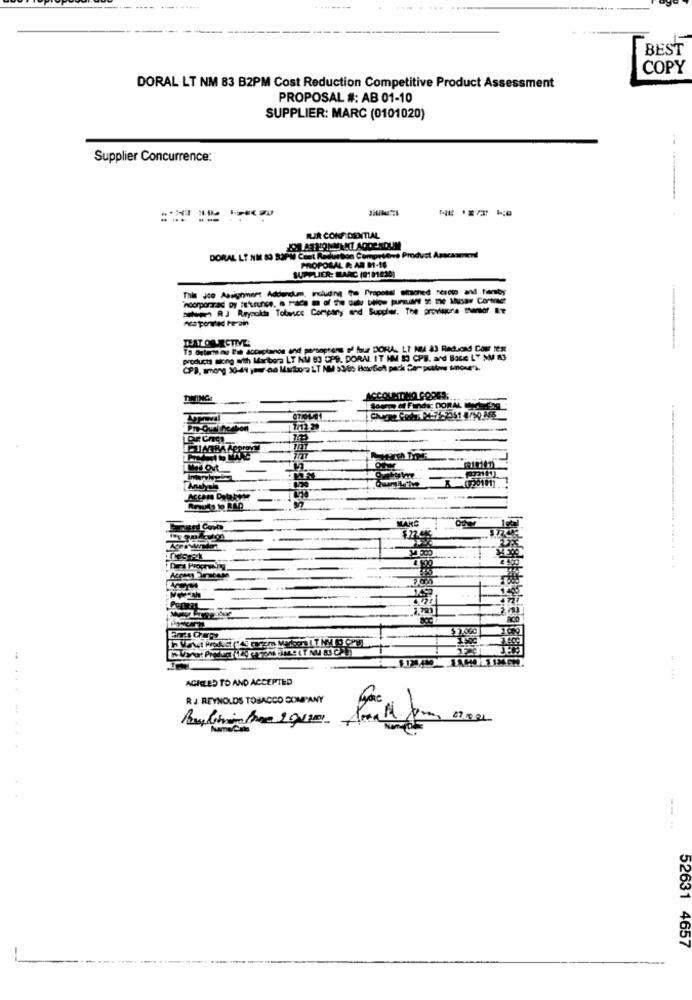
BEST
COPY
DORAL LT NM 83 B2PM Cost Reduction Competitive Product Assessment
PROPOSAL #: AB 01-10
SUPPLIER: MARC (0101020)
Supplier Concurrence:
LIR CONFIDENTIAL
DORAL LT NM 83 33PM Cost Reduction Competere Produst Amacaamend
PROPOSAL & AR M1-18
SUPPLIER: MARC (01014:30)
This Jco Assignment Addendum, including the Proposal sihoned resete and termby
RJ Rrycolis Totauce Company and Suppler. The proviagora tror are
DAT OBJECTIVE
To Determine Ein acceptanos and persoptions of four DORA L? NU 83 Radicad Col test
products lilong with Martbora LT KM 93 GPS, DORAL IT HM S3 CPB. and Base LT MM
CPB, among 30-41 your ao Martoro LT NM $38; HotoGeht pack Campettos sinoue's.
TIMING
Source of Funds: DORAL Mente
INTRA Approx
0191
-
ACHLED TO AND ACCEPTED
RJ. REYNOLDS TOBACCO COMPANY
52631 4657